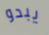
يبدو